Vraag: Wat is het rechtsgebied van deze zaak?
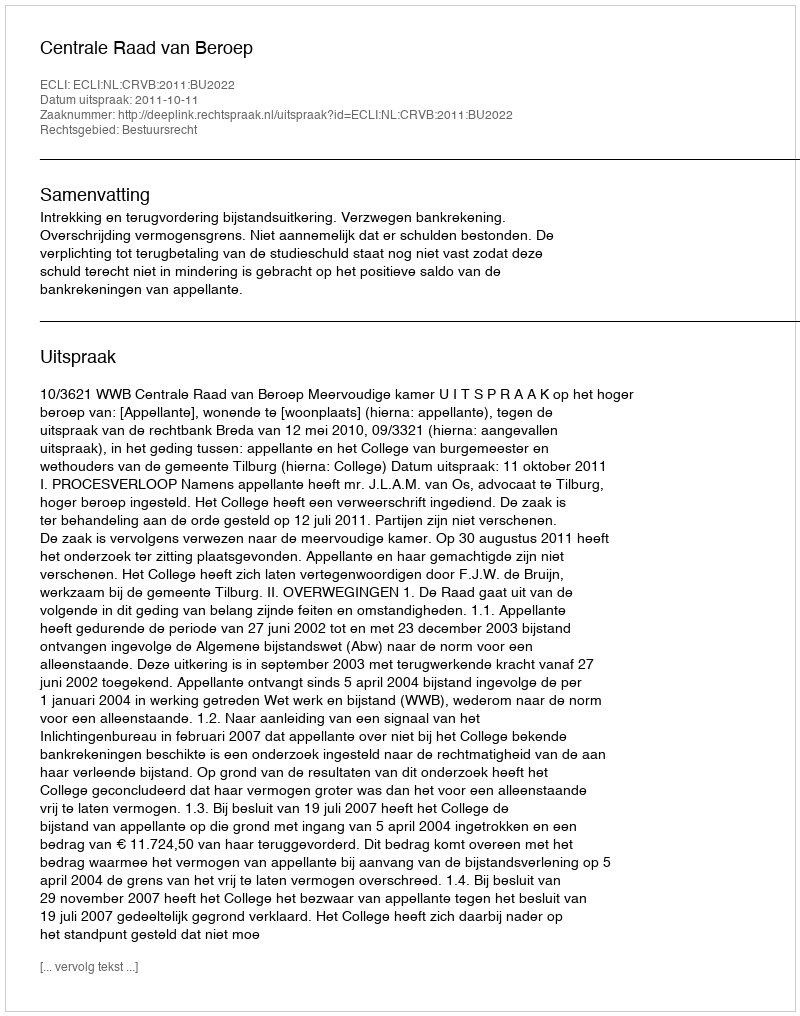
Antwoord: Bestuursrecht